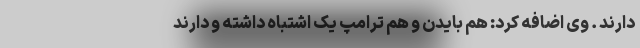
دارند . وی اضافه کرد: هم بایدن و هم ترامپ یک اشتباه داشته و دارند